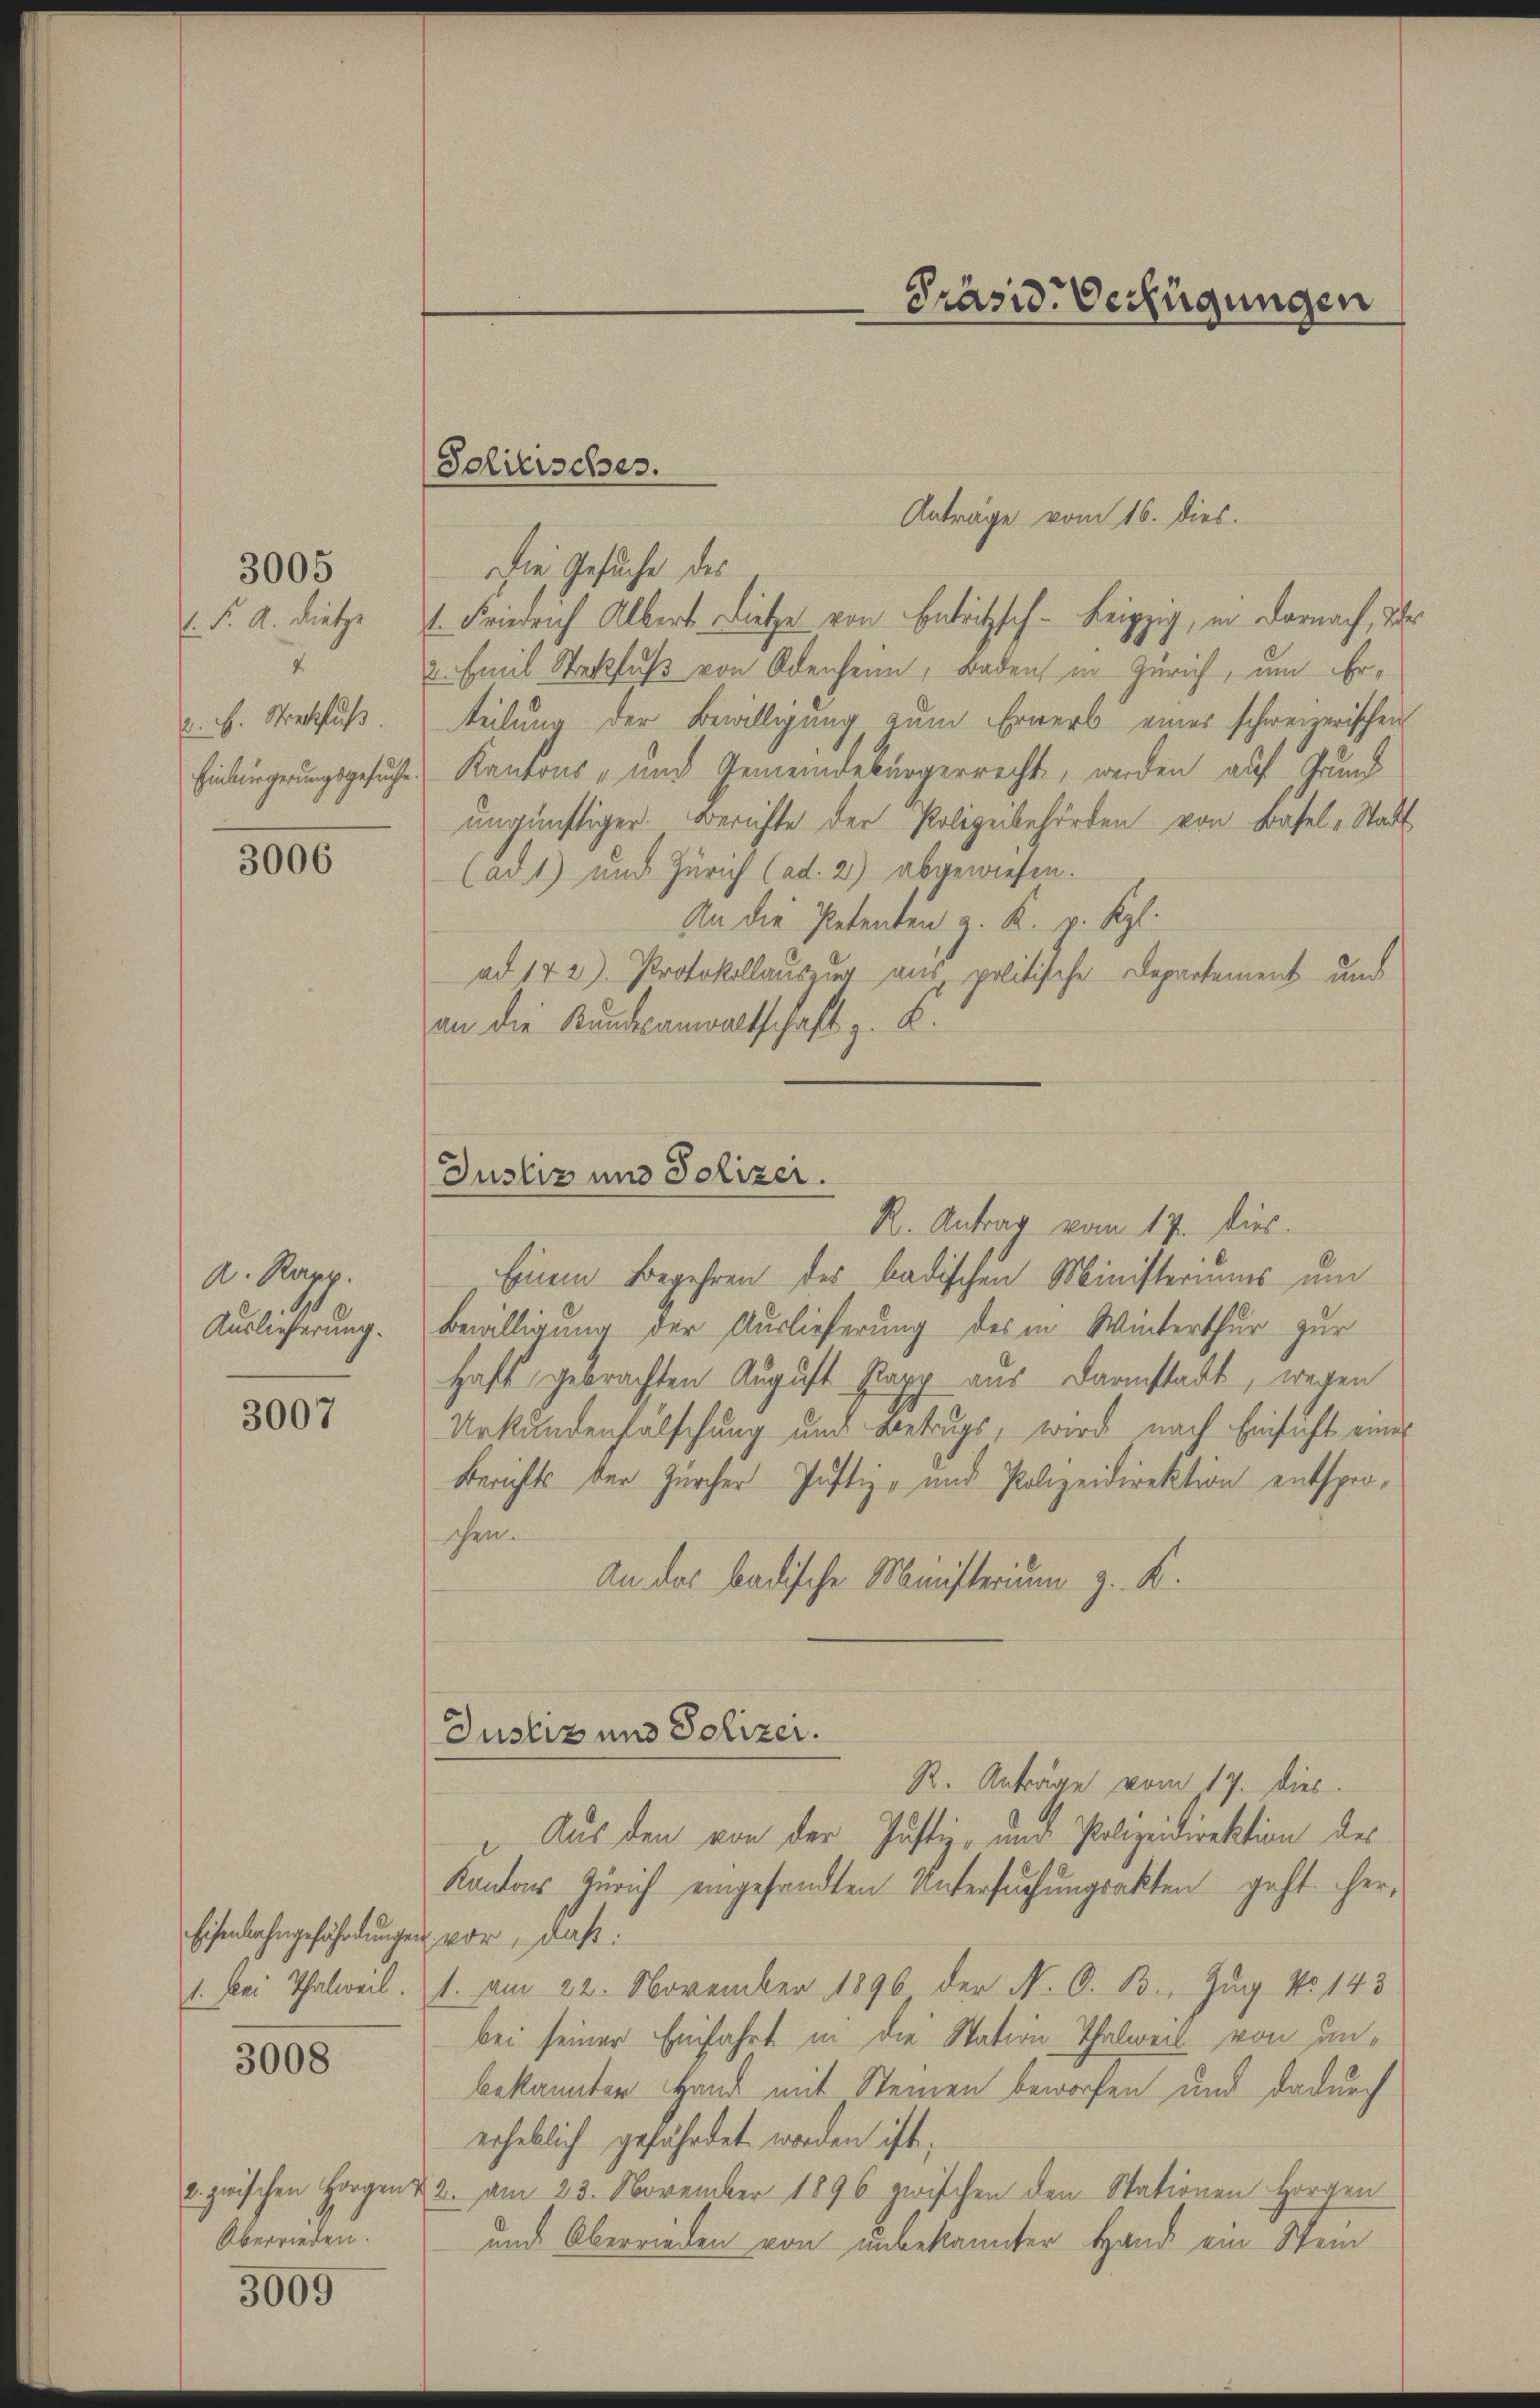
l. F. A. Dietze
. H. Streckfuß.

3005

3006

A. Rapp.
Auslieferung.

3007

Eisenbahngefährdungen vor, daß
1. Bei Thalweil.

3008

azwischen Horgen
Überrieden.

3009

Anträge vom 16. dies.
Die Gesuche des
.
2. Emil Strekfuß von Odenheim, Baden in Zürich, um Erteilung der Bewilligung zum Erwerb eines schweizerischen
Einbürgerungsgesuche Kantons- und Gemeindebürgerrecht, werden auf Grund
ungünstiger. Berichte der Polizeibehörden von Basel-Stadt
(ad 1) und Zürich (ad. 2.) abgewiesen.
An die Petenten z. K. v. Kgl.
ad 142). Protokollauszug aus politische Departement und
an die Kundesanwaltschaft z. K.

Soliersches.

Präside Verfügungen

Justiz und Polizer.
R. Antrag vom 17. dies

Einem Begehren des badischen Ministeriums um
Bewilligung der Auslieferung des in Winterthur zur
Haft gebrachten August Papp aus Darmstadt, wegen
Urkundenfälschung und Betrugs, wird nach Einsicht einer
Berichts der Zürcher Justiz- und Polizeidirektion entspro-
schen.
An das badische Ministerium z. K.

Justiz und Polizei.

R. Anträge vom 17. dies
Aus den von der Justiz- und Polizeidirektion des
Kantons Zürich eingesandten Untersuchungsakten geht her¬
1. am 22. November 1896 der N. O. B., Zug No 143
bei seiner Einfahrt in die Station-Thalweil von unbekannten Hand mit Steinen beworfen und dadurch
erheblich gefährdet worden ist,
42. am 23. November 1896 zwischen den Stationen Horgen
und Oberrieden von unbekannter Hand ein Stein